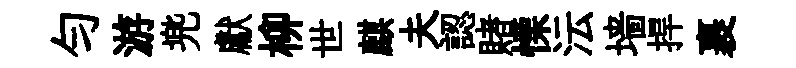
匀游兠獻柳世麒夫認賭慄沄墙捍裹